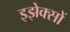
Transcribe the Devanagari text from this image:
इझेक्सों